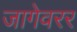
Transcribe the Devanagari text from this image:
जागेवरर